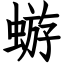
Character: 蝣